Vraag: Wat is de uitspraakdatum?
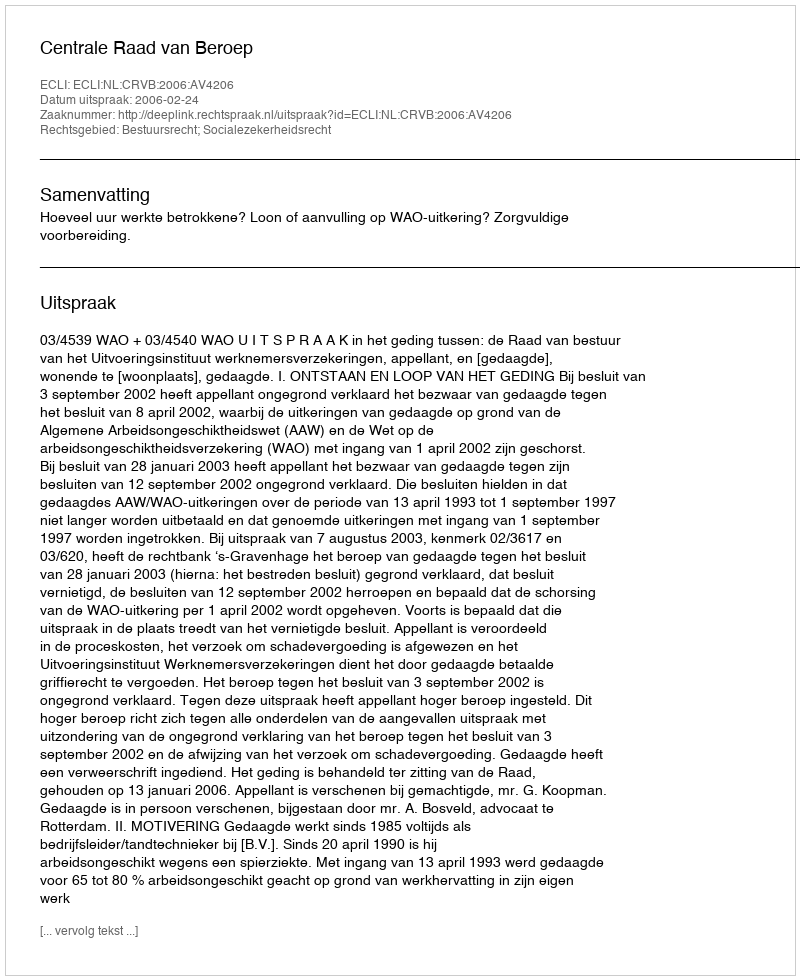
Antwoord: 2006-02-24